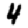
Digit: 4